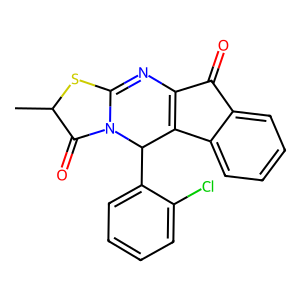
SMILES: CC1SC2=NC3=C(c4ccccc4C3=O)C(c3ccccc3Cl)N2C1=O
Inhibits HIV replication: No